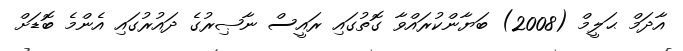
އާދަމް ޙަލީމް (2008) ބަޔާންކުރައްވާ ގޮތުގައި ރައީސް ނާޞިރުގެ ދައުރުގައި އެންމެ ބޮޑަށް